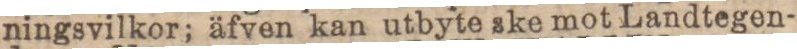
ningsvilkor; äfven kan utbyte ske mot Landtegen-